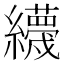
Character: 𦇪